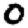
Digit: 0